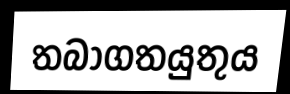
තබාගතයුතුය